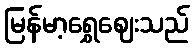
မြန်မာ့ရွှေဈေးသည်